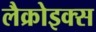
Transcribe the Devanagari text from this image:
लैक्रोइक्स